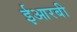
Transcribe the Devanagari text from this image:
ईआरबी